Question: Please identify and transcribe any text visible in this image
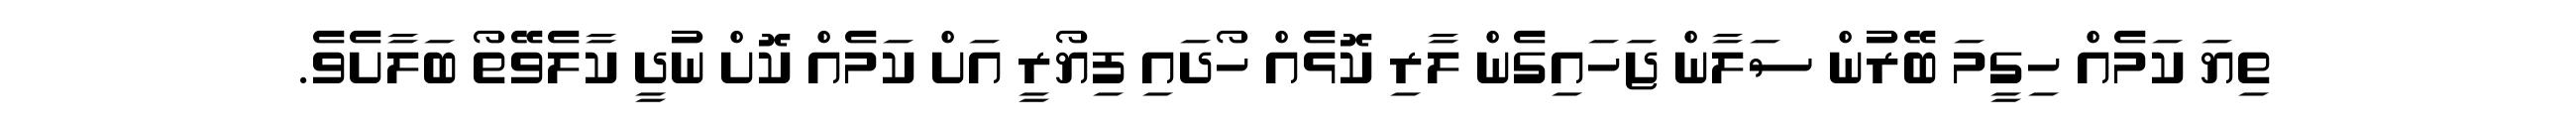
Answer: ތިޔަ ކަމެއް ހިގީމަ ބޭރުން ސަލާން ޖަހައިގެން ލާރި ކޮޅެއް ހޯދައި ފިޔޯރީ އަށް ކަމެއް ކޮށް ނުދީ ކާލެވޭތޯ ބަލާށެވެ.